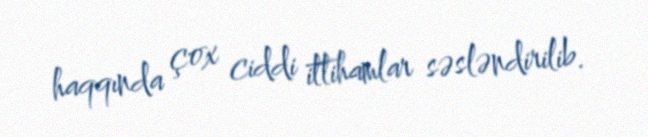
haqqında çox ciddi ittihamlar səsləndirilib.